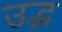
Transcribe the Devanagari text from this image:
उद्भ